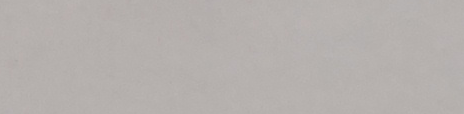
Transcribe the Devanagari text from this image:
कस्तो